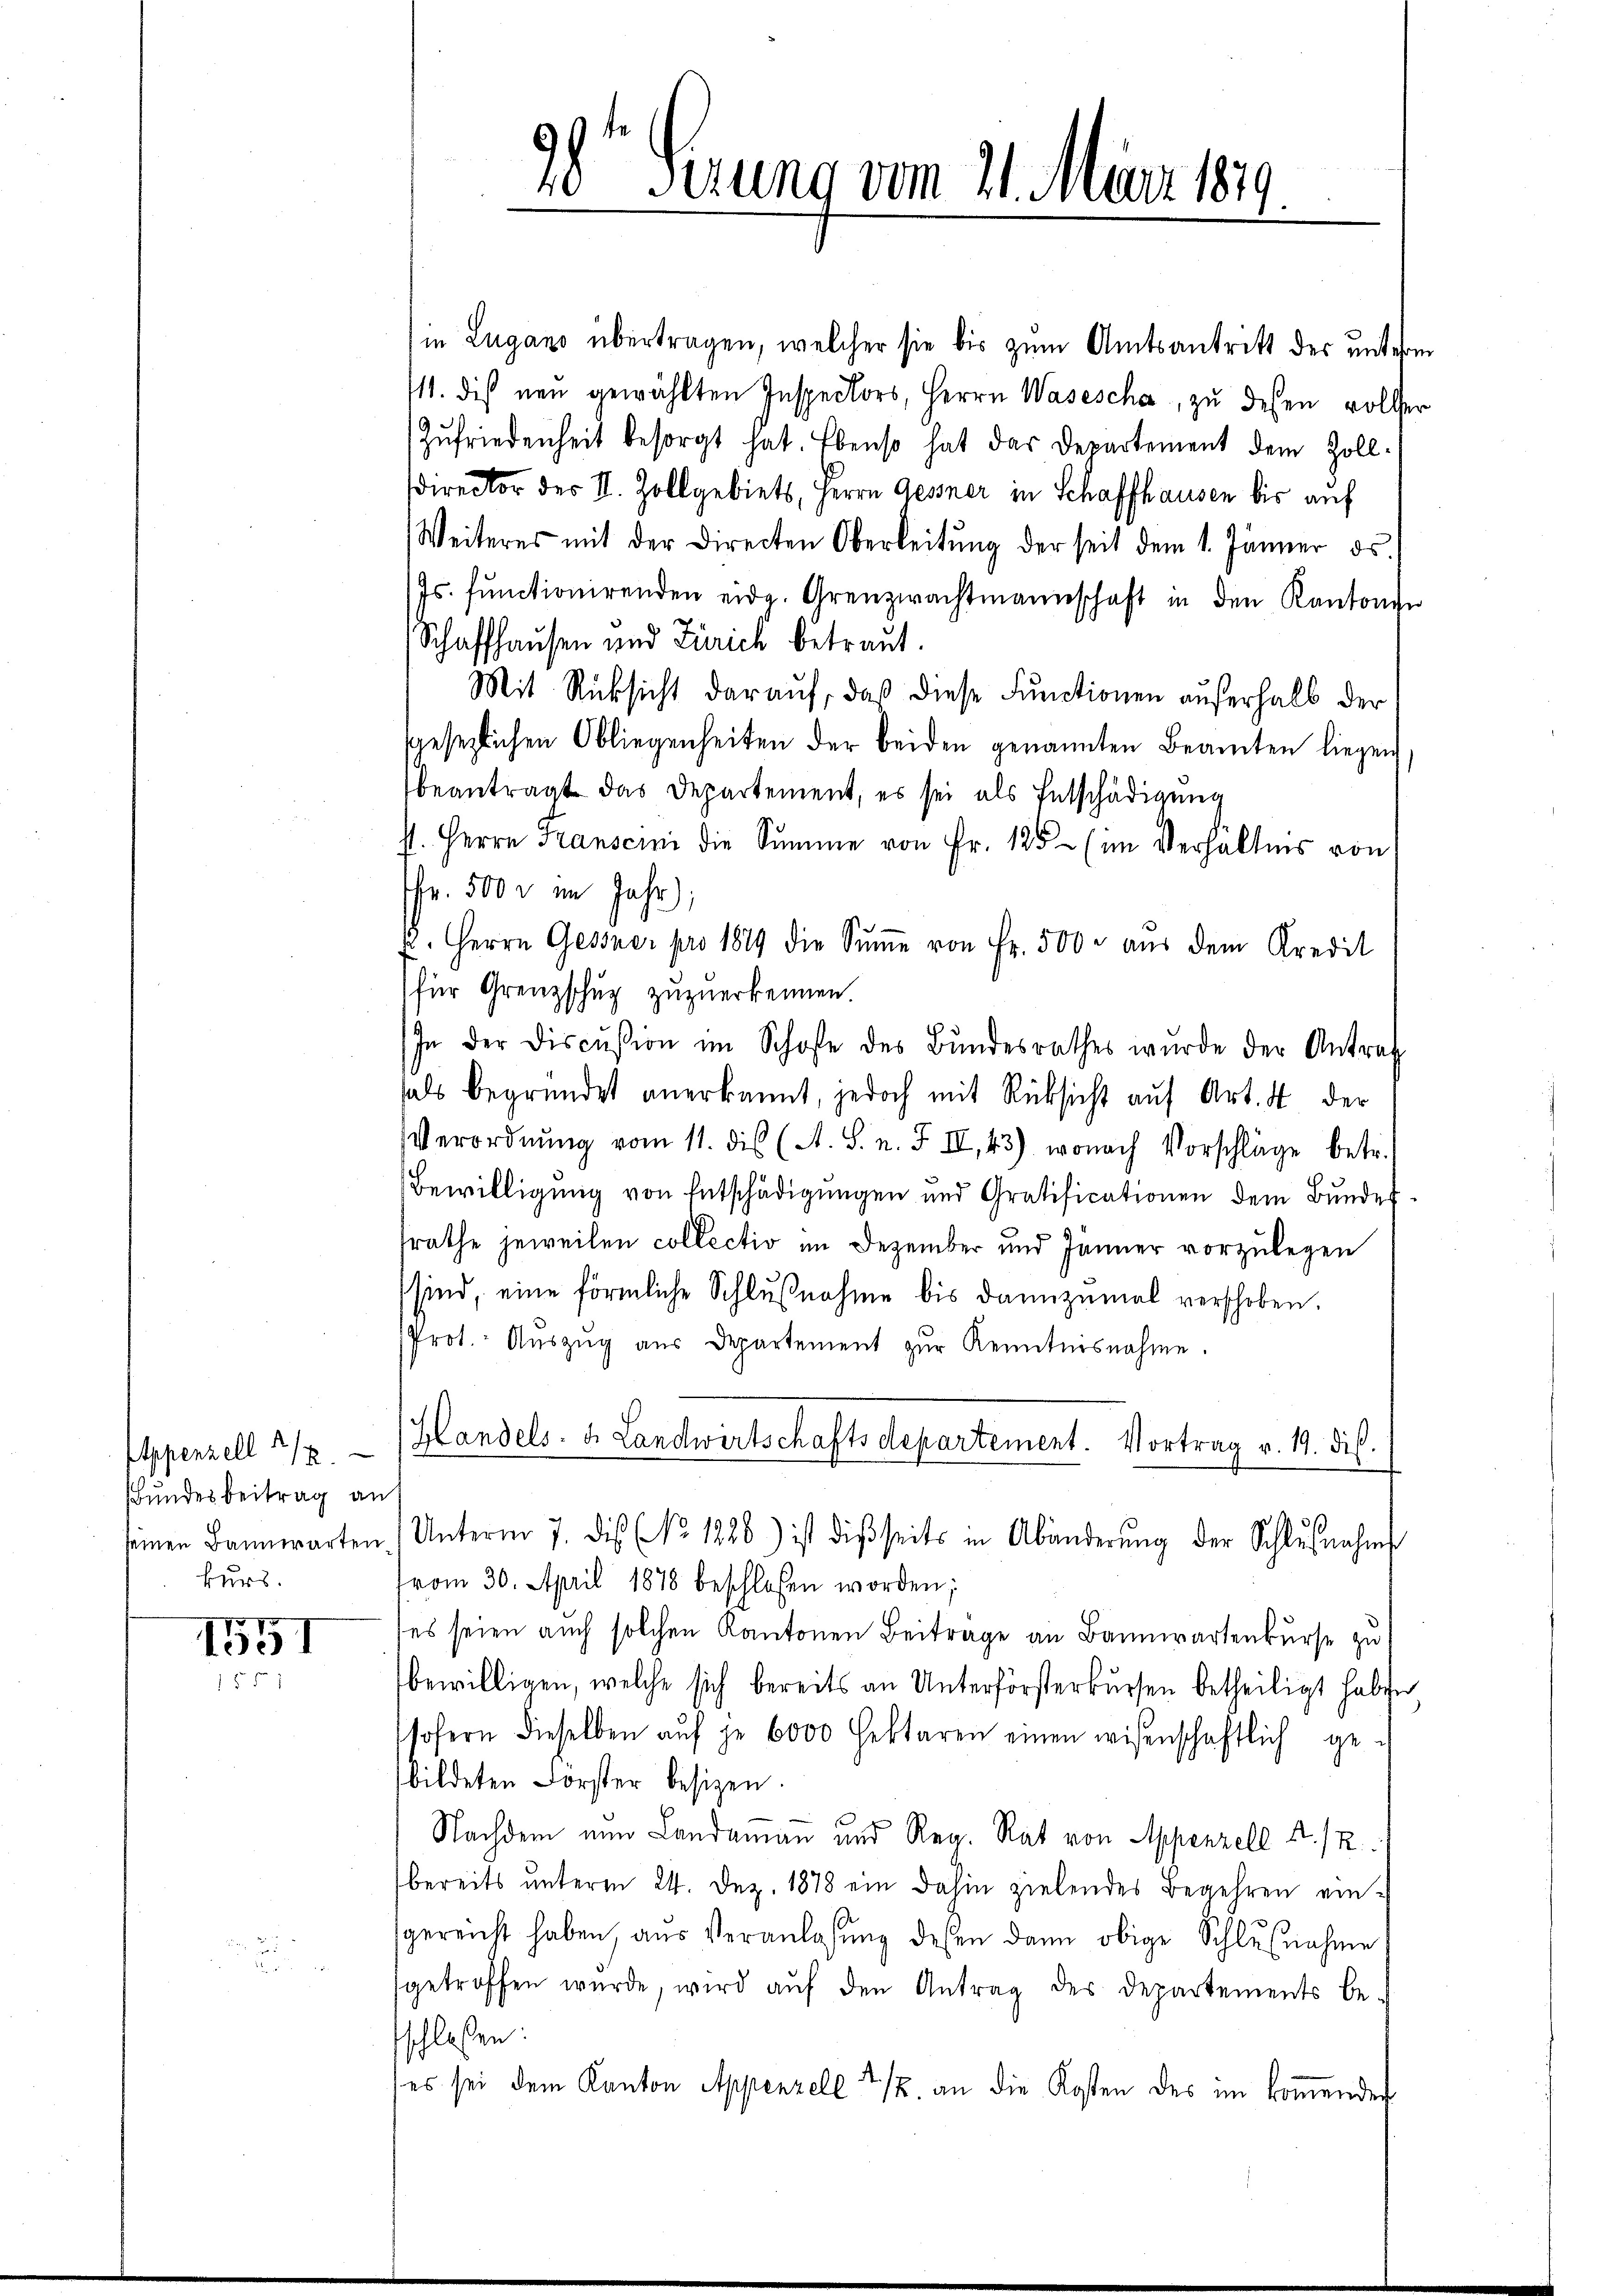
Bundesbeitrag an
seinen Bannwarten
kurs.

1551
15

98te Serung vom 21. März 1819

in Lugano übertragen, welcher sie bis zum Amtsantritt der unterm
11. dies neŭ gewählten Inspectors, Herrn Wasescha zŭ dessen voller
Zŭfriedenheit besorgt hat. Ebenso hat das Departement dem Zoll-
director des II. Zollgebiets, Herrn Gesner in Schaffhausen bis auf
Weiteres mit der Directen Oberleitŭng der seit dem 1. Jänner ds.
Js. fŭnctionirenden eidg. Grenzwachtmannschaft in den Kantonsr
Schaffhausen und Zürich betraut.
Mit Rücksicht darauf, daß diese Functionen außerhalb der
sgesezlichen Obliegenheiten der beiden genannten Beamten liegen
beantragt das Departement, es sei als Entschädigung
st. Herrn Kranscini die Summe von Fr. 125 (im Verhältnis von
fr. 500 r im Jahr),
. Herrn Gessner pro 1849 die Sŭṁe von Fr. 500 aŭs dem Kredit
für Grenzschug zuzuerkennen.
In der Discußion im Schofe des Bŭndesrathes wurde der Antrag
hals begründet anerkannt, jedoch mit Rücksicht aŭf Art. 4 der
Verordnung vom 11. dis (A. S. n. F. II. 43) wonach Vorschläge betr.
Bewilligung von Entschädigungen und Gratificationen dem Bundes
srathe jeweilen collectiv im Dezember und Jänner vorzulegen
sind, eine förmliche Schlŭβnahme bis dannzumal verschoben.
Prot. Aŭszŭg aŭs Departement zŭr Kenntnisnahme.
Appenzell 2/3. - Handels. v. Landwirtschaftsdepartement. Vortrag v. 19. dis.
d
1 Unterm 7. des No 1228) ist dieseits in Abänderŭng der Schlŭβnahm
vom 30. April 1878 beschlossen worden;
ses seien auch solchen Kantonen Beitrage an Bannwartenkurse zu
bewilligen, welche sich bereits an Unterförsterkursen betheiligt haben
sofern dieselben aŭf je 6000 Hektoren einen wissenschaftlich ge-
bildeten Forster besizen.
Nachdem nun Landaman und Reg. Rat von Appenzell A. R.
bereits unterm 24. Dez. 1878 ein dahin zielendes Begehren eingereicht haben, aŭs Veranlassŭng dessen dann obige Schlŭβnahme
sgetroffen wŭrde, wird aŭf den Antrag des Departements be-
schloßen:
es sei dem Kanton Appenzell 2 1/2. an die Kosten des im kommenden